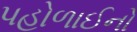
પહોળાઈનો